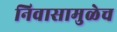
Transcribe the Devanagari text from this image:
निवासामुळेच